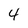
Character: 4